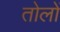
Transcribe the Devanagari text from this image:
तोलों